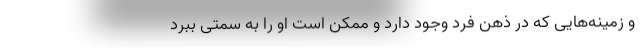
و زمینه‌هایی که در ذهن فرد وجود دارد و ممکن است او را به سمتی ببرد